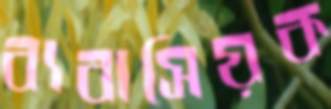
ব্যবাসিয়ক